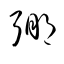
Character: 弸